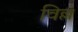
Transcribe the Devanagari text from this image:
विल्ल